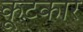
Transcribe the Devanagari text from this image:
कूटकार